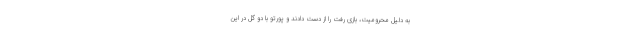
به دلیل محرومیت، بازی رفت را از دست دادند و پورتو با دو گل در این